King Institute of Preventive Medicine Bacteriolog. Section reports 1907-08
Year: 1907
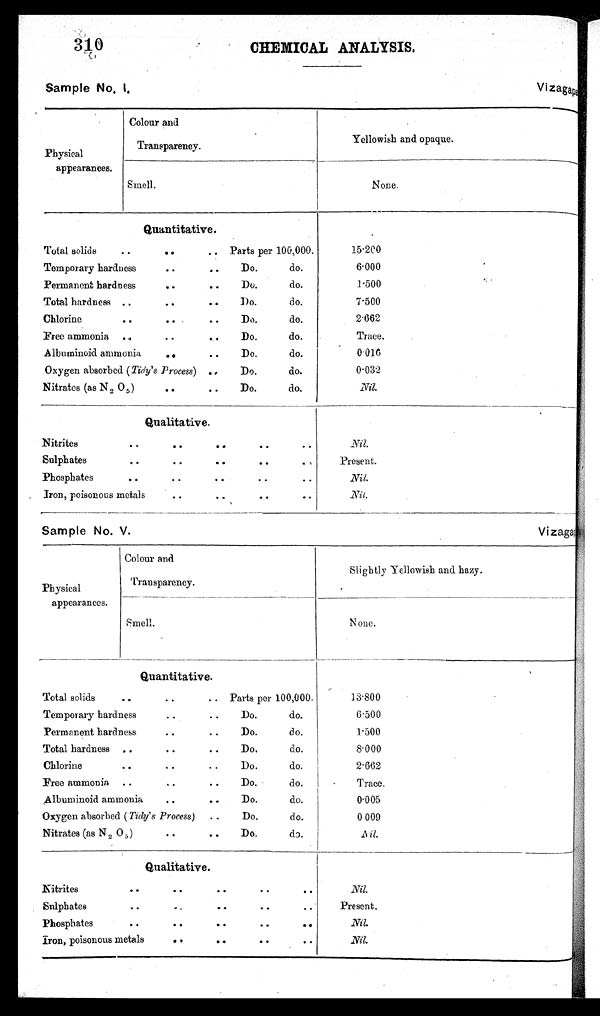
310
CHEMICAL ANALYSIS.
Sample No. I.
V i zagapa
Physical
appearances.
Colour and
Transparency.
Yellowish and opaque.
Smell.
None.
Quantitative.
Total solids
..
.. Parts per 100,000.
15.200
Temporary hardness
. .
Do.
do.
6.000
Permanent hardness
Do.
do.
1.500
.
Total hardness ..
.
.
..
Do.
do.
7.500
Chlorine
.
. . .
..
Do.
do.
2.662
Free ammonia . .
. .
. .
Do.
do.
Trace.
Albuminoid ammonia
. .
Do.
do.
0 . 0 1 6
Oxygen absorbed (Tidy's Process) .
Do.
do.
0.032
Nitrates (as N 2 0 5 )
. .
..
Do.
do.
Nil.
Qualitative.
Nitrites
. ..
. .
..
. .
. .
N i l .
Sulphates
. .
. .
..
. .
. ,
Present.
Phosphates
..
..
..
. .
. .
Nil.
Iron, poisonous metals
. .
.
.
.
. .
Nil.
Sample No. V.
V i zagap
Colour and
Physical
appearances.
Transparency.
Slightly Yellowish arid hazy.
smell.
N one.
Quantitative.
Total solids
..
..
.. Parts per 100,000.
13.800
Temporary hardness
. . .
0
Do.
do.
6.500
Permanent hardness
..
..
Do.
do.
1.500
Total hardness ..
..
..
Do.
do.
8 . 0 0 0
Chlorine
. . .. .
.
Do.
do.
2.662
Free ammonia ..
. . .
.
Do.
do.
Trace.
.A lbuminoid ammonia
. . ..
Do.
do.
0.005
Oxygen absorbed (Tidy's Process)
..
Do.
do.
0 009
Nitrates (as N2 0 5 )
..
. .
Do.
do.
N i l .
Qualitative.
Nitrites
.
.
.
.
.
. .
N i l .
5
Sulphates
..
.
Present.
Phosphates
. . . .
..
. . . .
Nil.
iron, poisonous metals
. .
. . . .
Nil.